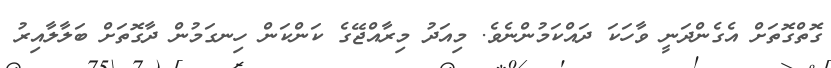
ގޮތްގޮތަށް އެގެންދަނީ ވާހަކަ ދައްކަމުންނެވެ. މިއަދު މިރާއްޖޭގެ ކަންކަން ހިނގަމުން ދާގޮތަށް ބަލާލާއިރު